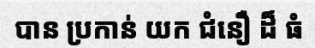
បាន ប្រកាន់ យក ជំនឿ ដ៏ ធំ